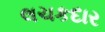
લચકદાર